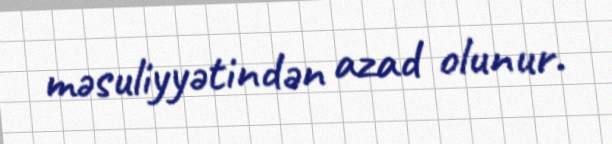
məsuliyyətindən azad olunur.